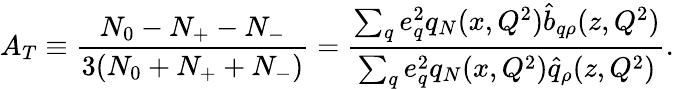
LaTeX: A_{T}\equiv{\frac{N_{0}-N_{+}-N_{-}}{3(N_{0}+N_{+}+N_{-})}}={\frac{\sum_{q}e_{q}^{2}q_{N}(x,Q^{2})\hat{b}_{q\rho}(z,Q^{2})}{\sum_{q}e_{q}^{2}q_{N}(x,Q^{2})\hat{q}_{\rho}(z,Q^{2})}}.